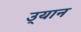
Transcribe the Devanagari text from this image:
उ्यान